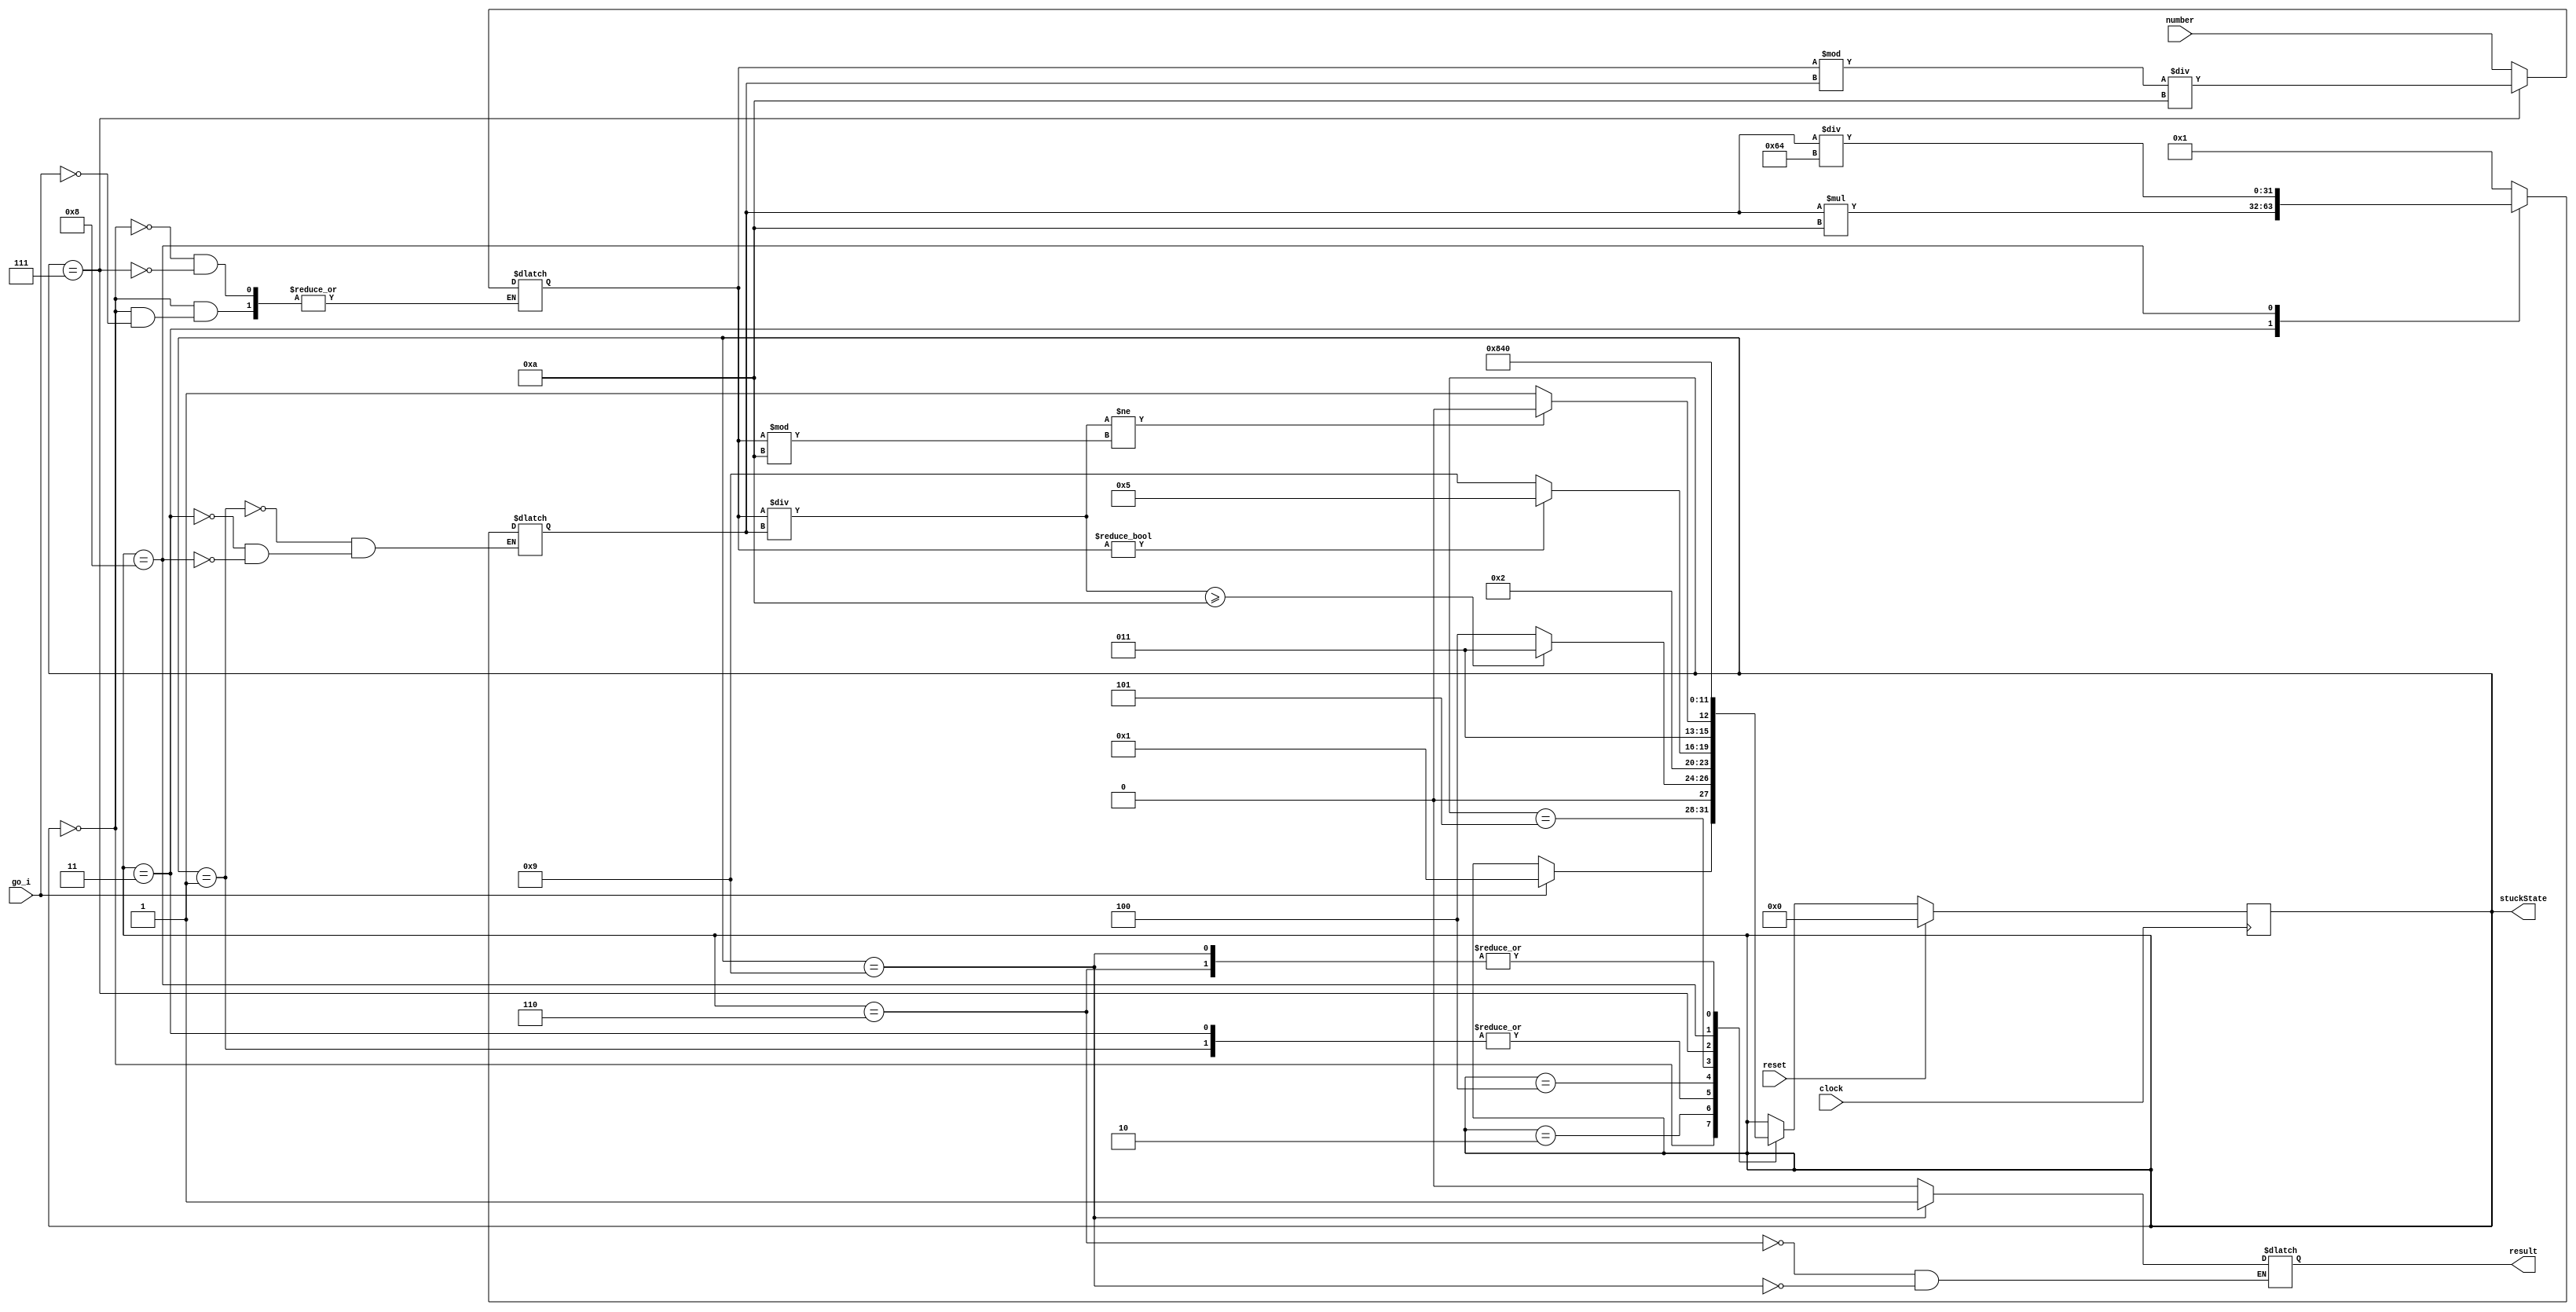
module isPalindrome(
	output reg result,
	output reg[3:0] stuckState,
	//output reg counter,
	input wire clock,
	input wire reset,
	input wire go_i,
	input wire[31:0] number
);

localparam STATE_Initial = 4'd0,
			  STATE_1 = 4'd1,
			  STATE_2 = 4'd2,
			  STATE_3 = 4'd3,
			  STATE_4 = 4'd4,
			  STATE_5 = 4'd5,
			  STATE_6 = 4'd6,
			  STATE_7 = 4'd7,
			  STATE_8 = 4'd8,	
			  STATE_9 = 4'd9;
			  
reg[3:0] currentState;
reg[3:0] nextState;
reg[31:0] divisor;
reg[31:0] leading;
reg[31:0] trailing;
reg[31:0] number_reg;

always @ (posedge clock) begin
	if (reset)
		currentState <= STATE_Initial;
	else
		currentState <= nextState;
end

initial begin
	//number_reg <= number;
	currentState <= STATE_Initial;
end



always @ (*) begin
	nextState = currentState;
	stuckState = currentState;
	case (currentState)
		STATE_Initial: begin
			if (go_i) begin
				number_reg = number;
				nextState = STATE_1;		
			end
		end
		STATE_1: begin
			divisor = 1;
			nextState = STATE_2;
		end
		STATE_2: begin
			if (number_reg / divisor >= 10)
				nextState = STATE_3;
			else
				nextState = STATE_4;
		end
		STATE_3: begin
			divisor = divisor * 10;
			nextState = STATE_2;
		end
		STATE_4: begin
			if (number_reg != 0)
				nextState = STATE_5;
			else
				nextState = STATE_9;
		end
		STATE_5: begin
			leading = number_reg / divisor;
			trailing = number_reg % 10;
			if (leading != trailing)
				nextState = STATE_6;
			else
				nextState = STATE_7;
		end
		STATE_6: begin
			result = 0;
			nextState = STATE_Initial;
		end
		STATE_7: begin
			number_reg = (number_reg % divisor) / 10;
			nextState = STATE_8;
		end
		STATE_8: begin
			divisor = divisor / 100;
			nextState = STATE_4;
		end
		STATE_9: begin
			result = 1;
			nextState = STATE_Initial;
		end
	endcase
end
endmodule